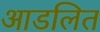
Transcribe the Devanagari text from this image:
आडलित